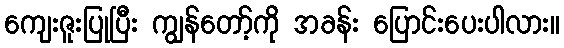
ကျေးဇူးပြုပြီး ကျွန်တော့်ကို အခန်း ပြောင်းပေးပါလား။